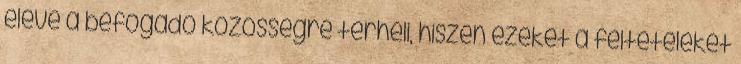
eleve a befogadó közösségre terheli, hiszen ezeket a feltételeket